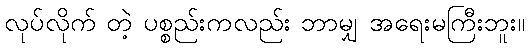
လုပ်လိုက် တဲ့ ပစ္စည်းကလည်း ဘာမျှ အရေးမကြီးဘူး။